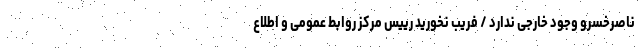
ناصرخسرو وجود خارجی ندارد / فریب نخورید رییس مرکز روابط عمومی و اطلاع